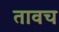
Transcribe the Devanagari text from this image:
तावच